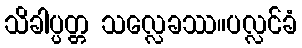
သိခါပ္ပတ္တ သလ္လေခဿ။ပလ္လင်ခံ